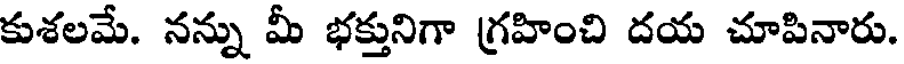
కుశలమే. నన్ను మీ భక్తునిగా గ్రహించి దయ చూపినారు.